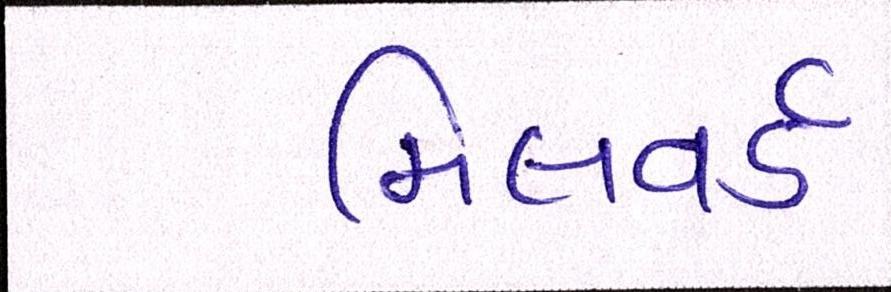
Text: મિલવર્ડ